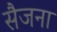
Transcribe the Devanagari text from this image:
सैजना